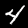
Label: 4